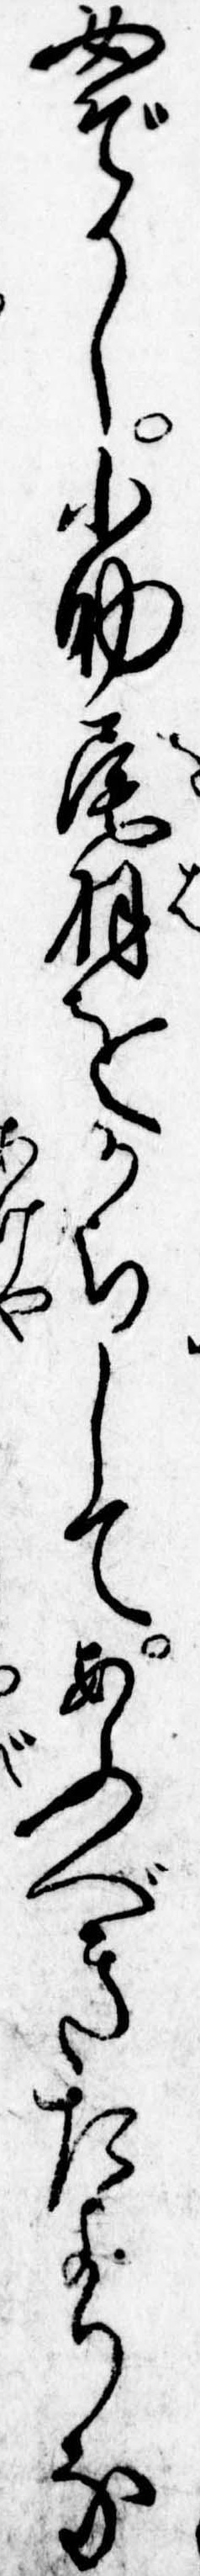
女ぞかし小助尾羽をからしてあふべきたよりな